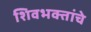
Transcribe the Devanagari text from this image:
शिवभक्तांचे